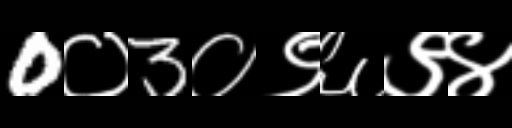
Text: 0०3०९६९४